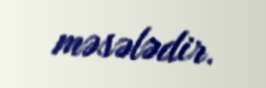
məsələdir.